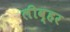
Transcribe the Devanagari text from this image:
लीव्हर